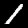
Label: 1